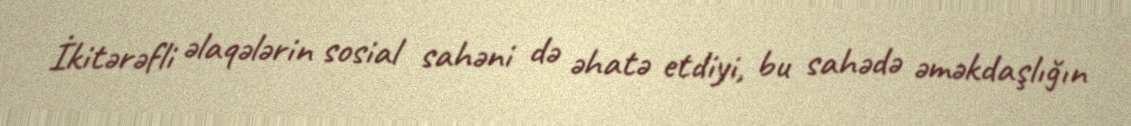
İkitərəfli əlaqələrin sosial sahəni də əhatə etdiyi, bu sahədə əməkdaşlığın